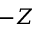
- Z